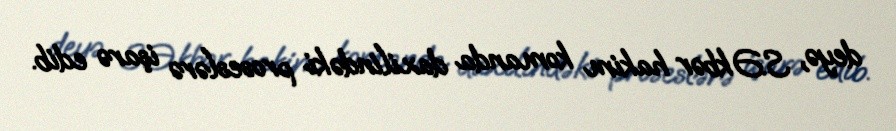
deyə, S.Əkbər hakim komanda daxilindəki proseslərə işarə edib.